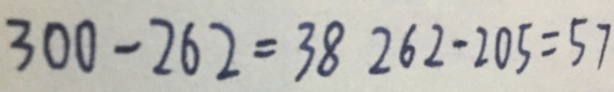
3 0 0 - 2 6 2 = 3 8 2 6 2 - 2 0 5 = 5 7